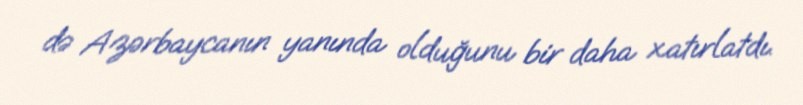
də Azərbaycanın yanında olduğunu bir daha xatırlatdı.